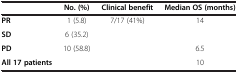
<table><thead><tr><td><b> </b></td><td><b>No. (%)</b></td><td><b>Clinical benefit</b></td><td><b>Median OS (months)</b></td></tr></thead><tbody><tr><td><b>PR</b></td><td>1 (5.8)</td><td rowspan="2">7/17 (41%)</td><td rowspan="2">14</td></tr><tr><td><b>SD</b></td><td>6 (35.2)</td></tr><tr><td><b>PD</b></td><td>10 (58.8)</td><td> </td><td>6.5</td></tr><tr><td><b>All 17 patients</b></td><td> </td><td> </td><td>10</td></tr></tbody></table>